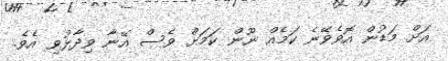
އަށް މަޑުން އޮވެވޭނެ ކަމެއް ނޫން ކަމަށް ވެސް އޭނާ ވިދާޅުވި އެވެ.